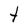
Character: t